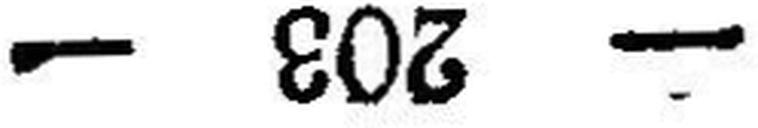
— 203 —